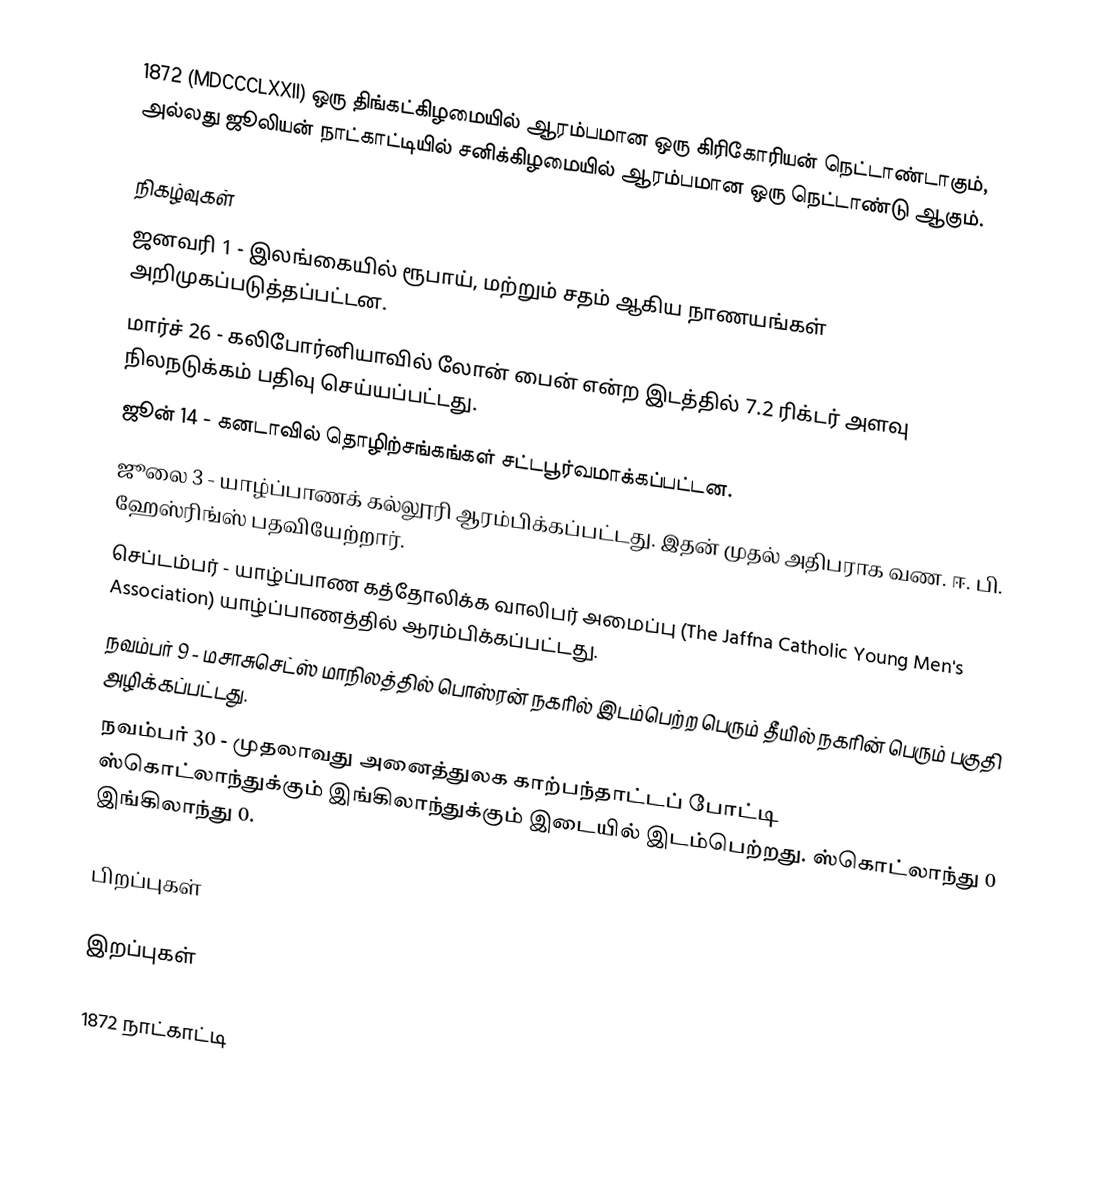
1872  (MDCCCLXXII) ஒரு திங்கட்கிழமையில் ஆரம்பமான ஒரு கிரிகோரியன் நெட்டாண்டாகும், அல்லது ஜூலியன் நாட்காட்டியில் சனிக்கிழமையில் ஆரம்பமான ஒரு நெட்டாண்டு ஆகும்.

நிகழ்வுகள்
 ஜனவரி 1 - இலங்கையில் ரூபாய், மற்றும் சதம் ஆகிய நாணயங்கள் அறிமுகப்படுத்தப்பட்டன.
 மார்ச் 26 - கலிபோர்னியாவில் லோன் பைன் என்ற இடத்தில் 7.2 ரிக்டர் அளவு நிலநடுக்கம் பதிவு செய்யப்பட்டது.
 ஜூன் 14 - கனடாவில் தொழிற்சங்கங்கள் சட்டபூர்வமாக்கப்பட்டன.
 ஜூலை 3 - யாழ்ப்பாணக் கல்லூரி ஆரம்பிக்கப்பட்டது. இதன் முதல் அதிபராக வண. ஈ. பி. ஹேஸ்ரிங்ஸ் பதவியேற்றார்.
 செப்டம்பர் - யாழ்ப்பாண கத்தோலிக்க வாலிபர் அமைப்பு (The Jaffna Catholic Young Men's Association) யாழ்ப்பாணத்தில் ஆரம்பிக்கப்பட்டது.
 நவம்பர் 9 - மசாசுசெட்ஸ் மாநிலத்தில் பொஸ்ரன் நகரில் இடம்பெற்ற பெரும் தீயில் நகரின் பெரும் பகுதி அழிக்கப்பட்டது.
 நவம்பர் 30 - முதலாவது அனைத்துலக காற்பந்தாட்டப் போட்டி ஸ்கொட்லாந்துக்கும் இங்கிலாந்துக்கும் இடையில் இடம்பெற்றது. ஸ்கொட்லாந்து 0 இங்கிலாந்து 0.

பிறப்புகள்

இறப்புகள்

1872 நாட்காட்டி